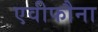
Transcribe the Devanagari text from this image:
एवीफौना